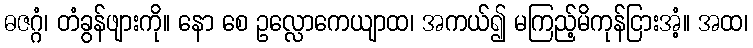
ဓဇဂ္ဂံ၊ တံခွန်ဖျားကို။ နော စေ ဥလ္လောကေယျာထ၊ အကယ်၍ မကြည့်မိကုန်ငြားအံ့။ အထ၊